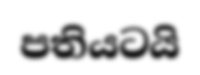
පතියටයි